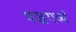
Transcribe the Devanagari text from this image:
पञ्चगव्यं